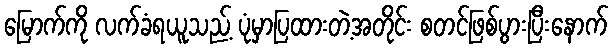
မြောက်ကို လက်ခံရယူသည့် ပုံမှာပြထားတဲ့အတိုင်း စတင်ဖြစ်ပွားပြီးနောက်